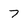
Character: 7